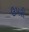
ઉપરી